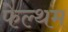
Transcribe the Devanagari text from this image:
फेल्थम